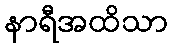
နာရီအထိသာ